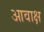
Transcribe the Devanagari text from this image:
आवाक्ष